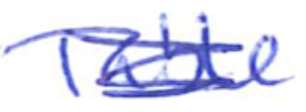
Text: Table
Cross-out: scratch
Writing tool: ballpoint